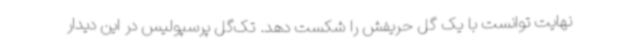
نهایت توانست با یک گل حریفش را شکست دهد. تک‌گل پرسپولیس در این دیدار